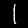
Digit: 1